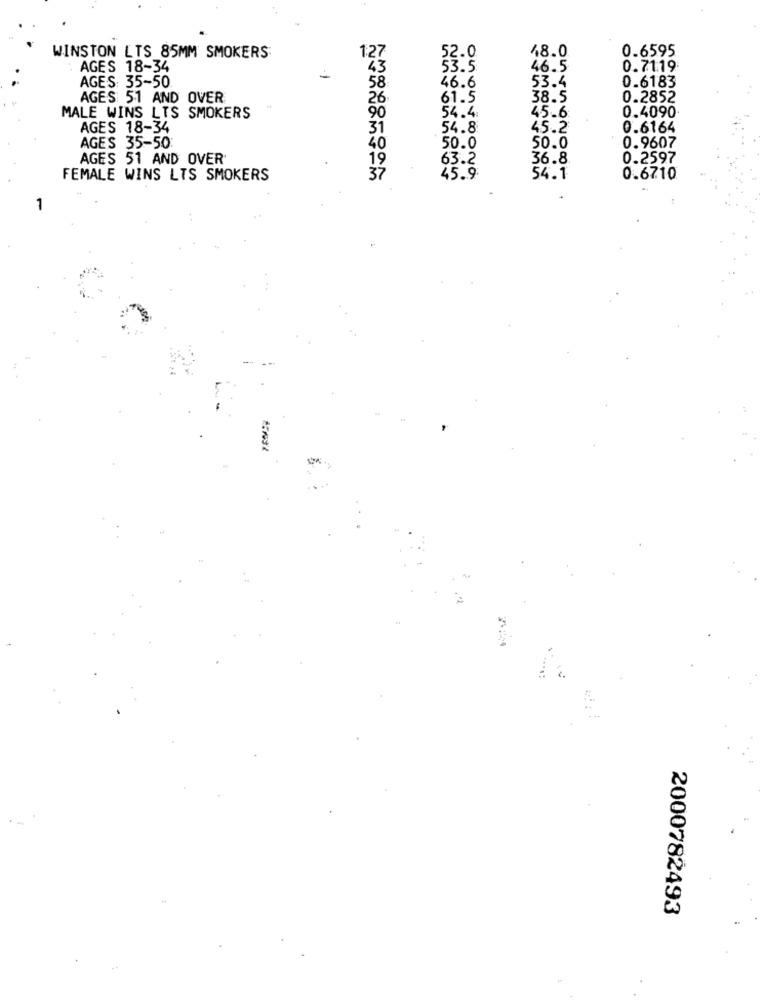
48.0
0.6595
WINSTON LTS 85MM SMOKERS:
127
52.0
AGES 18-34
43
53.5
46.5
0.71:19
AGES: 35-50
58
46.6
53.4
0.6183
AGES 51 AND OVER
26
61.5
38.5
0.2852
45.6
0.4090
MALE WINS LTS SMOKERS
90
54.4.
AGES 18-34
54.8
45.2
0.6164
AGES 35-50:
40
50.0
50.0
0.9607
AGES 51 AND OVER
19
63.2
36.8
0.2597
FEMALE WINS LTS SMOKERS
37
45.9
54.1
0.6710
1
2000782493